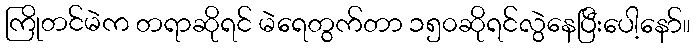
ကြိုတင်မဲက တရာဆိုရင် မဲရေတွက်တာ ၁၅၀ဆိုရင်လွဲနေပြီးပေါ့နော်။